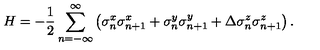
H = - \frac { 1 } { 2 } \sum _ { n = - \infty } ^ { \infty } \left( \sigma _ { n } ^ { x } \sigma _ { n + 1 } ^ { x } + \sigma _ { n } ^ { y } \sigma _ { n + 1 } ^ { y } + \Delta \sigma _ { n } ^ { z } \sigma _ { n + 1 } ^ { z } \right) .